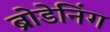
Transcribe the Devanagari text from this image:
ब्रोडेनिंग